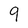
Character: 9